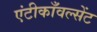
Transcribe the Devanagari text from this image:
एंटीकाँवल्सेंट